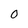
Character: 0